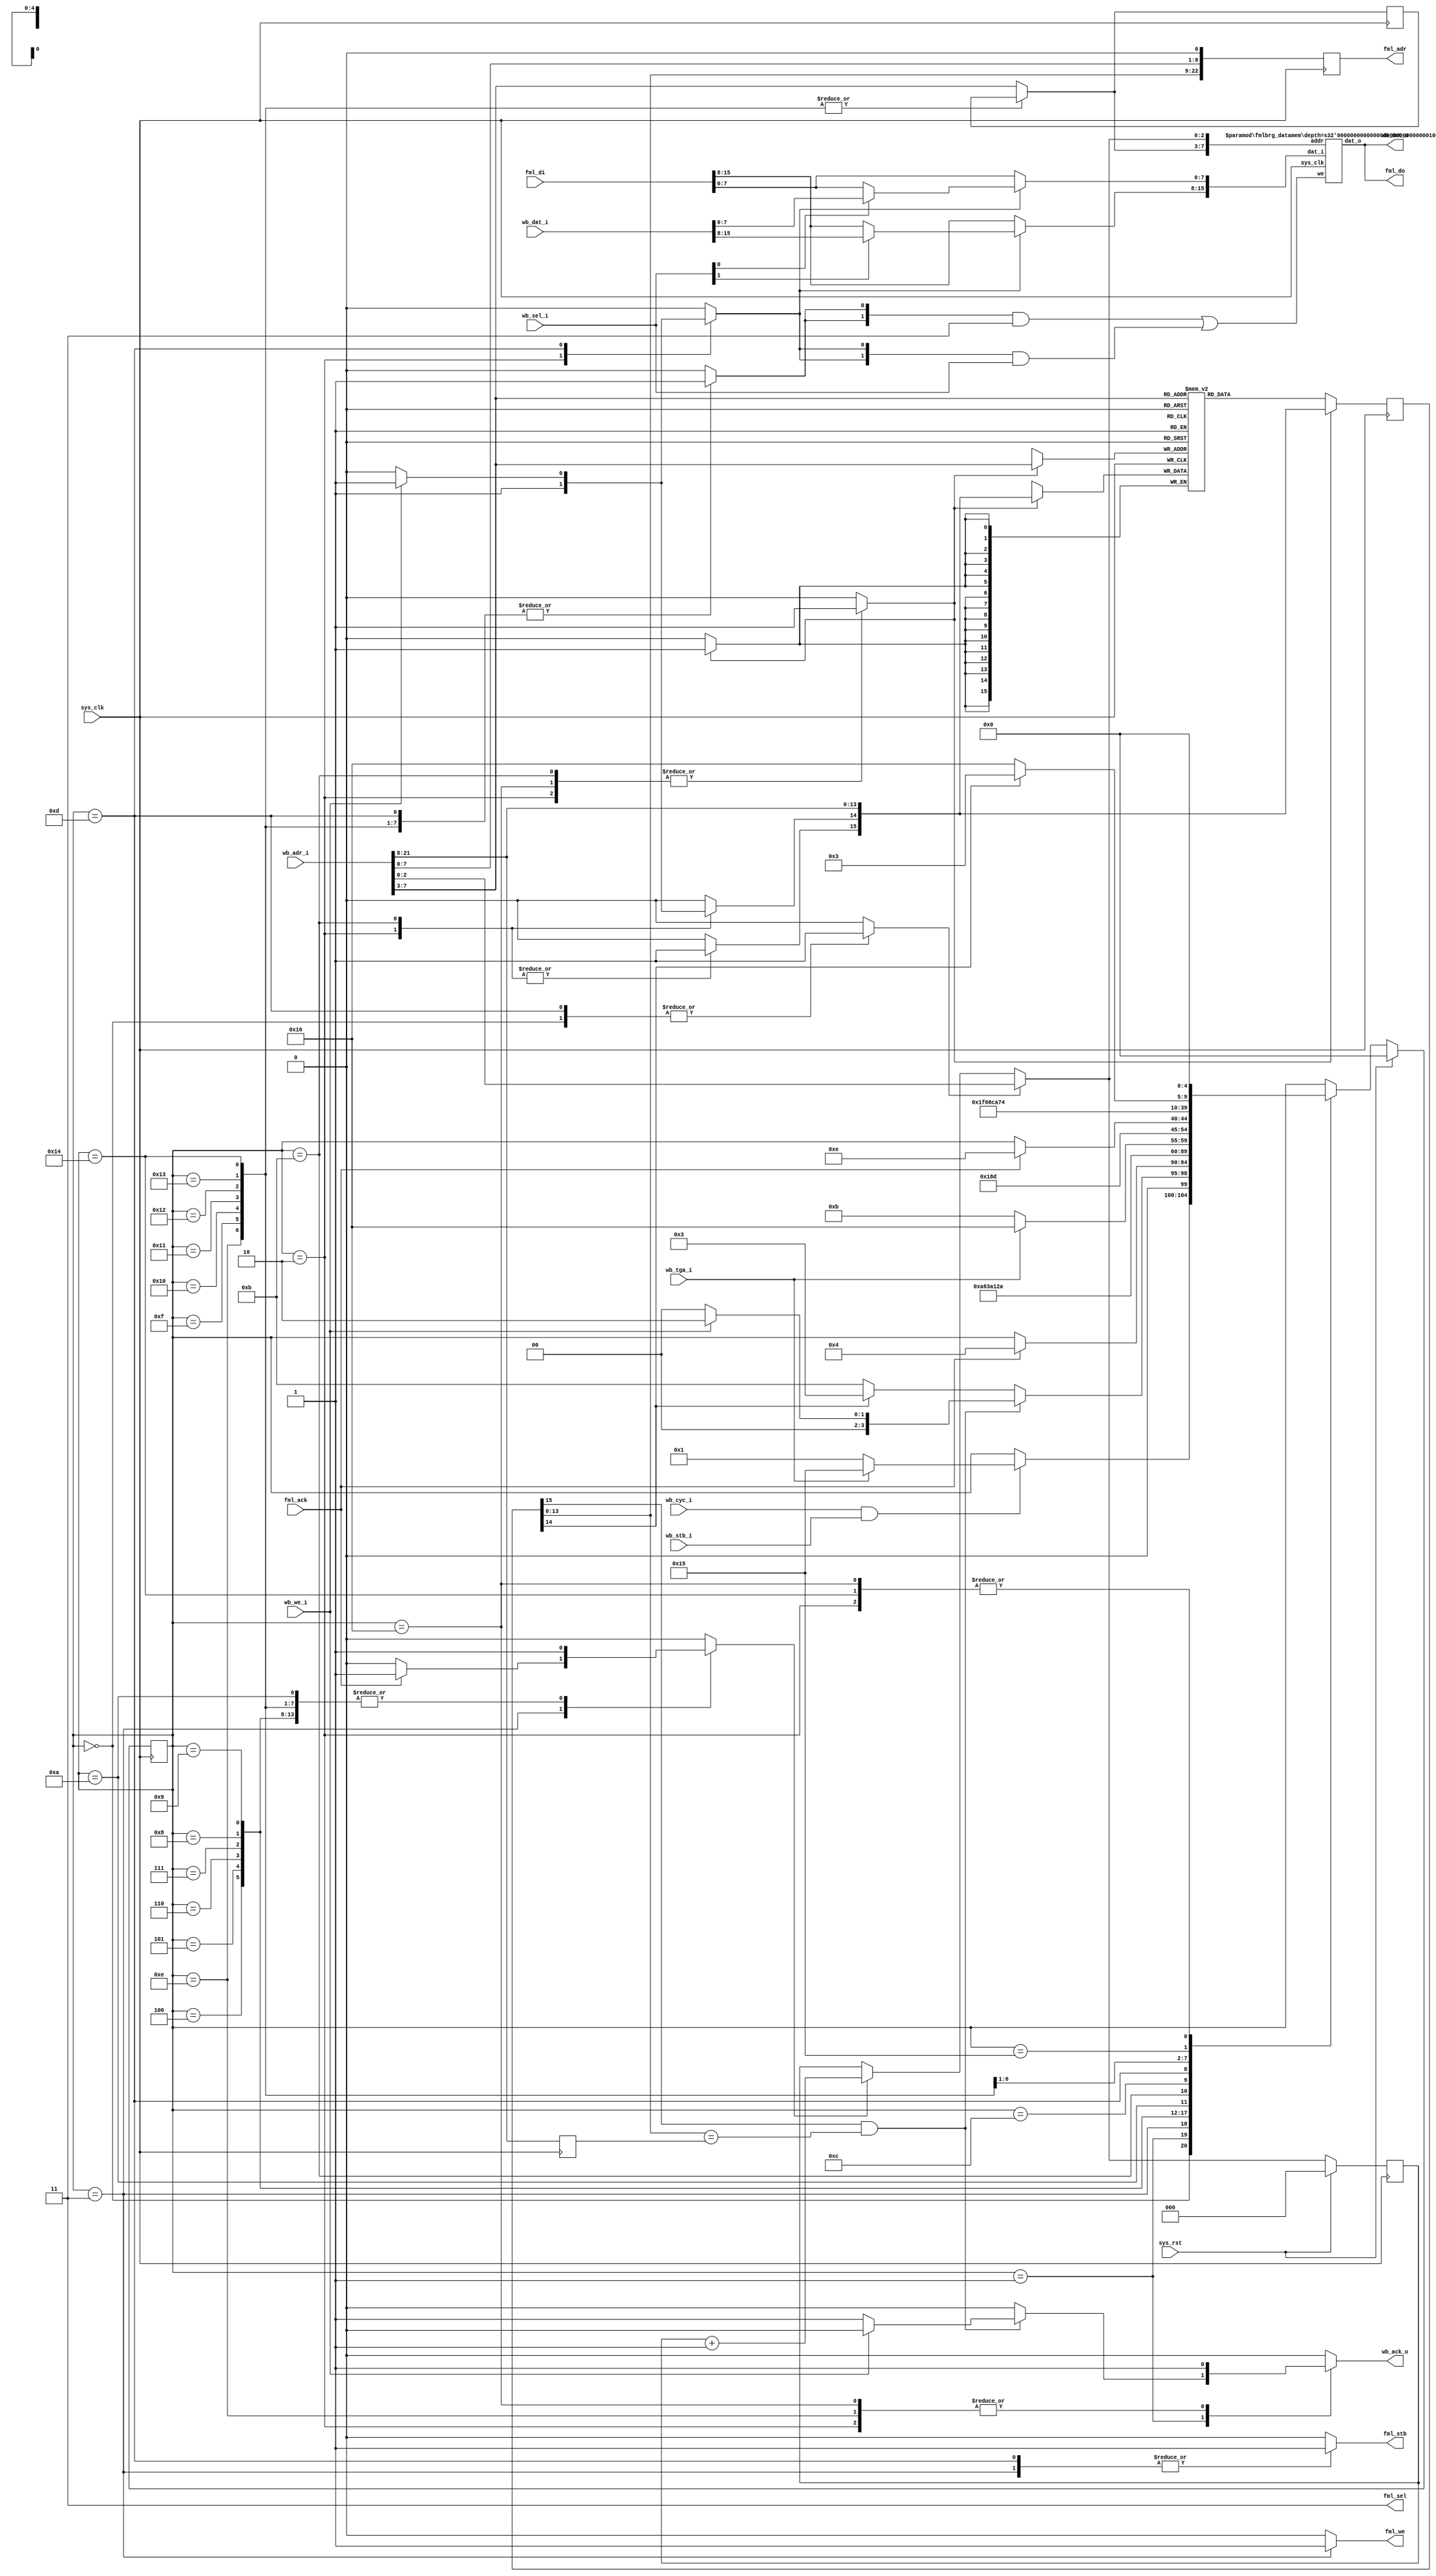
// --------------------------------------------------------------------
// --------------------------------------------------------------------
// Module:      fmlbrg.v
// Description: Wishbone based Fast Memory Link Bridge
// --------------------------------------------------------------------
// --------------------------------------------------------------------
module fmlbrg #(
    parameter fml_depth      = 23,
    parameter cache_depth    = 9   // 512 byte cache
  )
  (
    input sys_clk,
    input sys_rst,

    input  [fml_depth-1:1] wb_adr_i,
    input           [15:0] wb_dat_i,
    output          [15:0] wb_dat_o,
    input           [ 1:0] wb_sel_i,
    input                  wb_cyc_i,
    input                  wb_stb_i,
    input                  wb_tga_i,
    input                  wb_we_i,
    output reg             wb_ack_o,

    output reg [fml_depth-1:0] fml_adr,
    output reg                 fml_stb,
    output reg                 fml_we,
    input                      fml_ack,
    output              [ 1:0] fml_sel,
    output              [15:0] fml_do,
    input               [15:0] fml_di
  );

/*
 * Line length is the burst length, that is 8*16 bits, or 16 bytes
 * Address split up :
 *
 * |             TAG            |         INDEX          |   OFFSET   |
 * |fml_depth-1      cache_depth|cache_depth-1          4|3          0|
 *
 */

wire [3:1] offset = wb_adr_i[3:1];
wire [cache_depth-1-4:0] index = wb_adr_i[cache_depth-1:4];
wire [fml_depth-cache_depth-1:0] tag = wb_adr_i[fml_depth-1:cache_depth];

/*
 * TAG MEMORY
 *
 * Addressed by index (length cache_depth-5)
 * Contains valid bit + dirty bit + tag
 */

wire [cache_depth-1-4:0] tagmem_a;
reg tagmem_we;
wire [fml_depth-cache_depth-1+2:0] tagmem_di;
reg [fml_depth-cache_depth-1+2:0] tagmem_do;

reg [fml_depth-cache_depth-1+2:0] tags[0:(1 << (cache_depth-4))-1];

always @(posedge sys_clk) begin
  if(tagmem_we) begin
    tags[tagmem_a] <= tagmem_di;
    tagmem_do <= tagmem_di;
  end else
    tagmem_do <= tags[tagmem_a];
end

// synthesis translate_off
integer i;
initial begin
  for(i=0;i<(1 << (cache_depth-4));i=i+1)
    tags[i] = 0;
end
// synthesis translate_on

reg index_load;
reg [cache_depth-1-4:0] index_r;
always @(posedge sys_clk) begin
  if(index_load)
    index_r <= index;
end

assign tagmem_a = index;

reg di_valid;
reg di_dirty;
assign tagmem_di = {di_valid, di_dirty, tag};

wire do_valid;
wire do_dirty;
wire [fml_depth-cache_depth-1:0] do_tag;
wire cache_hit;

assign do_valid = tagmem_do[fml_depth-cache_depth-1+2];
assign do_dirty = tagmem_do[fml_depth-cache_depth-1+1];
assign do_tag = tagmem_do[fml_depth-cache_depth-1:0];

always @(posedge sys_clk)
  fml_adr <= {do_tag, index, offset, 1'b0};

/*
 * DATA MEMORY
 *
 * Addressed by index+offset in 16-bit words (length cache_depth-1)
 * 16-bit memory with 8-bit write granularity
 */

wire [cache_depth-1-1:0] datamem_a;
wire [ 1:0] datamem_we;
reg  [15:0] datamem_di;
wire [15:0] datamem_do;

fmlbrg_datamem #(
  .depth(cache_depth-1)
) datamem (
  .sys_clk(sys_clk),
  
  .addr(datamem_a),
  .we(datamem_we),
  .dat_i(datamem_di),
  .dat_o(datamem_do)
);

reg [2:0] bcounter;
reg [2:0] bcounter_next;
always @(posedge sys_clk) begin
  if(sys_rst)
    bcounter <= 3'd0;
  else begin
    bcounter <= bcounter_next;
  end
end

reg bcounter_load;
reg bcounter_en;
always @(*) begin
  if(bcounter_load)
    bcounter_next <= offset;
  else if(bcounter_en)
    bcounter_next <= bcounter + 3'd1;
  else
    bcounter_next <= bcounter;
end

assign datamem_a = { index_load ? index : index_r, bcounter_next };

reg datamem_we_wb;
reg datamem_we_fml;

assign datamem_we = ({2{datamem_we_fml}} & 2'b11)
  |({2{datamem_we_wb}} & wb_sel_i);

always @(*) begin
  datamem_di = fml_di;
  if(datamem_we_wb) begin
    if(wb_sel_i[0])
      datamem_di[7:0] = wb_dat_i[7:0];
    if(wb_sel_i[1])
      datamem_di[15:8] = wb_dat_i[15:8];
  end
end

assign wb_dat_o = datamem_do;
assign fml_do = datamem_do;
assign fml_sel = 2'b11;

/* FSM */

reg [fml_depth-cache_depth-1:0] tag_r;
always @(posedge sys_clk)
  tag_r = tag;
assign cache_hit = do_valid & (do_tag == tag_r);

reg [4:0] state;
reg [4:0] next_state;

parameter IDLE      = 5'd0;
parameter TEST_HIT  = 5'd1;
parameter WRITE_HIT = 5'd2;

parameter EVICT  = 5'd3;
parameter EVICT2 = 5'd4;
parameter EVICT3 = 5'd5;
parameter EVICT4 = 5'd6;
parameter EVICT5 = 5'd7;
parameter EVICT6 = 5'd8;
parameter EVICT7 = 5'd9;
parameter EVICT8 = 5'd10;

parameter REFILL      = 5'd11;
parameter REFILL_WAIT = 5'd12;
parameter REFILL1     = 5'd13;
parameter REFILL2     = 5'd14;
parameter REFILL3     = 5'd15;
parameter REFILL4     = 5'd16;
parameter REFILL5     = 5'd17;
parameter REFILL6     = 5'd18;
parameter REFILL7     = 5'd19;
parameter REFILL8     = 5'd20;

parameter TEST_INVALIDATE = 5'd21;
parameter INVALIDATE      = 5'd22;

always @(posedge sys_clk) begin
  if(sys_rst)
    state = IDLE;
  else begin
    //$display("state: %d -> %d", state, next_state);
    state = next_state;
  end
end

always @(*) begin
  tagmem_we = 1'b0;
  di_valid = 1'b0;
  di_dirty = 1'b0;
  
  bcounter_load = 1'b0;
  bcounter_en = 1'b0;
  
  index_load = 1'b1;
  
  datamem_we_wb = 1'b0;
  datamem_we_fml = 1'b0;
  
  wb_ack_o = 1'b0;
  
  fml_stb = 1'b0;
  fml_we = 1'b0;
  
  next_state = state;
  
  case(state)
    IDLE: begin
      bcounter_load = 1'b1;
      if(wb_cyc_i & wb_stb_i) begin
        if(wb_tga_i)
          next_state = TEST_INVALIDATE;
        else
          next_state = TEST_HIT;
      end
    end
    TEST_HIT: begin
      if(cache_hit) begin
        if(wb_we_i) begin
          next_state = WRITE_HIT;
        end else begin
          wb_ack_o = 1'b1;
          next_state = IDLE;
        end
      end else begin
        if(do_dirty)
          next_state = EVICT;
        else
          next_state = REFILL;
      end
    end
    WRITE_HIT: begin
      di_valid = 1'b1;
      di_dirty = 1'b1;
      tagmem_we = 1'b1;
      datamem_we_wb = 1'b1;
      wb_ack_o = 1'b1;
      next_state = IDLE;
    end
  
    /*
     * Burst counter has already been loaded.
     * Yes, we evict lines in different order depending
     * on the critical word position of the cache miss
     * inside the line, but who cares :)
     */
    EVICT: begin
      fml_stb = 1'b1;
      fml_we = 1'b1;
      if(fml_ack) begin
        bcounter_en = 1'b1;
        next_state = EVICT2;
      end
    end
    EVICT2: begin
      bcounter_en = 1'b1;
      next_state = EVICT3;
    end
    EVICT3: begin
      bcounter_en = 1'b1;
      next_state = EVICT4;
    end
    EVICT4: begin
      bcounter_en = 1'b1;
      next_state = EVICT5;
    end
    EVICT5: begin
      bcounter_en = 1'b1;
      next_state = EVICT6;
    end
    EVICT6: begin
      bcounter_en = 1'b1;
      next_state = EVICT7;
    end
    EVICT7: begin
      bcounter_en = 1'b1;
      next_state = EVICT8;
    end
    EVICT8: begin
      bcounter_en = 1'b1;
      if(wb_tga_i)
        next_state = INVALIDATE;
      else
        next_state = REFILL;
    end
  
    REFILL: begin
      /* Write the tag first. This will also set the FML address. */
      di_valid = 1'b1;
      if(wb_we_i)
        di_dirty = 1'b1;
      else
        di_dirty = 1'b0;
      tagmem_we = 1'b1;
      next_state = REFILL_WAIT;
    end
    REFILL_WAIT: next_state = REFILL1; /* one cycle latency for the FML address */
    REFILL1: begin
      bcounter_load = 1'b1;
      fml_stb = 1'b1;
      /* Asserting both
       * datamem_we_fml and
       * datamem_we_wb, WB has priority
       */
      datamem_we_fml = 1'b1;
      if(wb_we_i)
        datamem_we_wb = 1'b1;
      if(fml_ack)
        next_state = REFILL2;
    end
    REFILL2: begin
      /*
       * For reads, the critical word has just been written to the datamem
       * so by acking the cycle now we get the correct result (because the
       * datamem is a write-first SRAM).
       * For writes, we could have acked the cycle before but it's simpler this way.
       * Otherwise, we have the case of a master releasing WE just after ACK,
       * and we must add a reg to tell whether we have a read or a write in REFILL2...
       */
      wb_ack_o = 1'b1;
      /* Now we must use our copy of index, as the WISHBONE
       * address may change.
       */
      index_load = 1'b0;
      datamem_we_fml = 1'b1;
      bcounter_en = 1'b1;
      next_state = REFILL3;
    end
    REFILL3: begin
      index_load = 1'b0;
      datamem_we_fml = 1'b1;
      bcounter_en = 1'b1;
      next_state = REFILL4;
    end
    REFILL4: begin
      index_load = 1'b0;
      datamem_we_fml = 1'b1;
      bcounter_en = 1'b1;
      next_state = REFILL5;
    end
    REFILL5: begin
      index_load = 1'b0;
      datamem_we_fml = 1'b1;
      bcounter_en = 1'b1;
      next_state = REFILL6;
    end
    REFILL6: begin
      index_load = 1'b0;
      datamem_we_fml = 1'b1;
      bcounter_en = 1'b1;
      next_state = REFILL7;
    end
    REFILL7: begin
      index_load = 1'b0;
      datamem_we_fml = 1'b1;
      bcounter_en = 1'b1;
      next_state = REFILL8;
    end
    REFILL8: begin
      index_load = 1'b0;
      datamem_we_fml = 1'b1;
      bcounter_en = 1'b1;
      next_state = IDLE;
    end
  
    TEST_INVALIDATE: begin
      if(do_dirty)
        next_state = EVICT;
      else
        next_state = INVALIDATE;
    end
    INVALIDATE: begin
      di_valid = 1'b0;
      di_dirty = 1'b0;
      tagmem_we = 1'b1;
      wb_ack_o = 1'b1;
      next_state = IDLE;
    end
  endcase
end

// --------------------------------------------------------------------
endmodule
// --------------------------------------------------------------------

// --------------------------------------------------------------------
// --------------------------------------------------------------------
// Module:      fmlbrg.v
// Description: Wishbone based Fast Memory Link Bridge
// --------------------------------------------------------------------
// --------------------------------------------------------------------
module fmlbrg_datamem #(
	parameter depth = 8
) (
	input sys_clk,
	input [depth-1:0] addr,
	input [1:0] we,
	input [15:0] dat_i,
	output [15:0] dat_o
);

reg [7:0] ram0[0:(1 << depth)-1];
reg [7:0] ram1[0:(1 << depth)-1];

wire [7:0] ram0di;
wire [7:0] ram1di;

reg [7:0] ram0do;
reg [7:0] ram1do;

/*
 * Workaround for a strange Xst 11.4 bug with Spartan-6
 * We must specify the RAMs in this order, otherwise,
 * ram1 "disappears" from the netlist. The typical
 * first symptom is a Bitgen DRC failure because of
 * dangling I/O pins going to the SDRAM.
 * Problem reported to Xilinx.
 */
always @(posedge sys_clk) begin
	if(we[1]) begin
		ram1[addr] <= ram1di;
		ram1do  <= ram1di;
	end else
		ram1do <= ram1[addr];
end
always @(posedge sys_clk) begin
	if(we[0]) begin
		ram0[addr] <= ram0di;
		ram0do <= ram0di;
	end else
		ram0do <= ram0[addr];
end

assign ram0di = dat_i[7:0];
assign ram1di = dat_i[15:8];

assign dat_o = {ram1do, ram0do};

// --------------------------------------------------------------------
endmodule
// --------------------------------------------------------------------